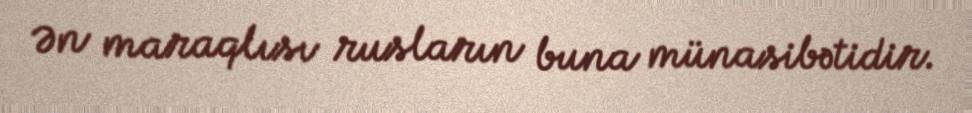
Ən maraqlısı rusların buna münasibətidir.